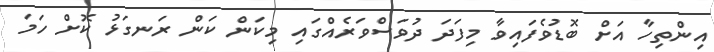
އިންތިހާ އަށް ބޮޑުވެފައިވާ މިފަދަ ދުވަސްވަރެއްގައި މިކަން ކަން ރަނގަޅު ކޮށް ހަމަ